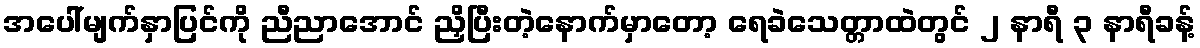
အပေါ်မျက်နှာပြင်ကို ညီညာအောင် ညှိပြီးတဲ့နောက်မှာတော့ ရေခဲသေတ္တာထဲတွင် ၂ နာရီ ၃ နာရီခန့်